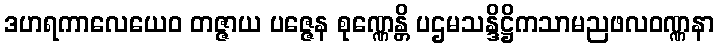
ဒဟရကာလေယေဝ တဇ္ဇာယ ပဇ္ဇေန စုဏ္ဏေန္တိ ပဌမသန္ဒိဋ္ဌိကသာမညဖလဝဏ္ဏနာ